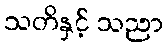
သတိနှင့် သညာ